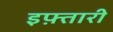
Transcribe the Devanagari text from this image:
इफ़्तारी